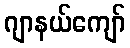
ဂျာနယ်ကျော်